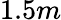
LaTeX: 1.5m